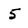
Character: 5